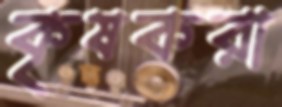
কৃষকরা